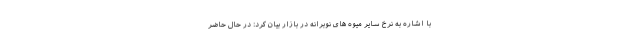
با اشاره به نرخ سایر میوه های نوبرانه در بازار بیان کرد: در حال حاضر